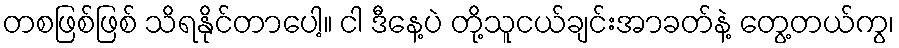
တစဖြစ်ဖြစ် သိရနိုင်တာပေါ့။ ငါ ဒီနေ့ပဲ တို့သူငယ်ချင်းအာခတ်နဲ့ တွေ့တယ်ကွ၊